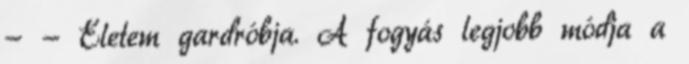
- - Életem gardróbja. A fogyás legjobb módja a